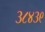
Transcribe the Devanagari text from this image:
३८४३९